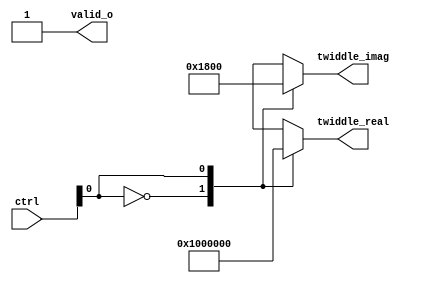
`timescale 1ns / 1ps
//////////////////////////////////////////////////////////////////////////////////
// Company: 
// Engineer: 
// 
// Design Name: 
// Module Name: FFT8_ROM4
// Project Name: 
// Target Devices: 
// Tool Versions: 
// Description: 
// 
// Dependencies: 
// 
// Revision:
// Revision 0.01 - File Created
// Additional Comments:
// 
//////////////////////////////////////////////////////////////////////////////////


module FFT8_ROM4 #(
    parameter W_WL=13
    )(
    output reg            valid_o,      //valid output
    output reg [W_WL-1:0] twiddle_real, //real part of twiddle factor
    output reg [W_WL-1:0] twiddle_imag, //imag part of twiddle factor
    input  [1:0] ctrl
    );
    localparam W_D8_U0=1'b0;            //W_4^0
    localparam W_D8_U1=1'b1;            //W_4^1

    wire  multi_state;                  //multi_state=0, 1 :W_4^(0:1)
    
    assign multi_state=ctrl[0];
    
    always @(multi_state)
        case(multi_state)
            W_D8_U0: begin
                twiddle_real= 13'd2048;
                twiddle_imag= 13'd0;
                valid_o=1;
                end
            W_D8_U1: begin
                twiddle_real= 13'd0;
                twiddle_imag=-13'd2048;
                valid_o=1;
                end

            default: begin
                twiddle_real= 13'd0;
                twiddle_imag= 13'd0;
                valid_o=0;
                end
        endcase
endmodule